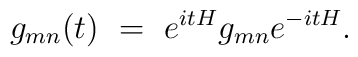
g_{mn}(t)~=~e^{itH} g_{mn} e^{-itH}.